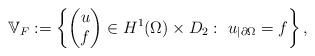
LaTeX: \begin{align*}\mathbb V_F:=\left\{\begin{pmatrix} u\\ f\end{pmatrix}\in H^1(\Omega)\times D_2: \ u_{|\partial \Omega}=f \right\},\end{align*}